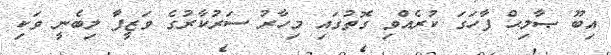
އިބޫ ޞާލިޙް ފާހަގަ ކުރެއްވި ގޮތުގައި މިހާރު ސަރުކާރުގެ ވަޒީފާ ލިބެނީ ވަކި